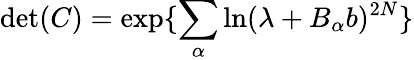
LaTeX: \operatorname*{det}(C)=\exp\{ \sum_{\alpha}\ln(\lambda+B_{\alpha}b)^{2N}\}